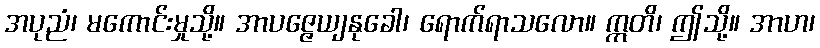
အပုညံ၊ မကောင်းမှုသို့။ အာပဇ္ဇေယျနုခေါ၊ ရောက်ရာသလော။ ဣတိ၊ ဤသို့။ အာဟ၊